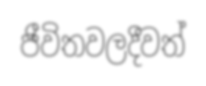
ජීවිතවලදීවත්